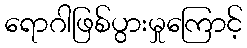
ရောဂါဖြစ်ပွားမှုကြောင့်